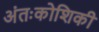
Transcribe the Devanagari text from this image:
अंतःकोशिकी